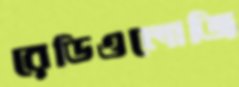
রেডিওলোজি